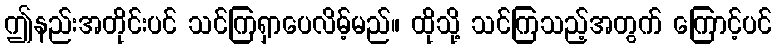
ဤနည်းအတိုင်းပင် သင်ကြရှာပေလိမ့်မည်။ ထိုသို့ သင်ကြသည့်အတွက် ကြောင့်ပင်